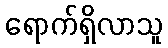
ရောက်ရှိလာသူ